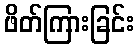
ဖိတ်ကြားခြင်း